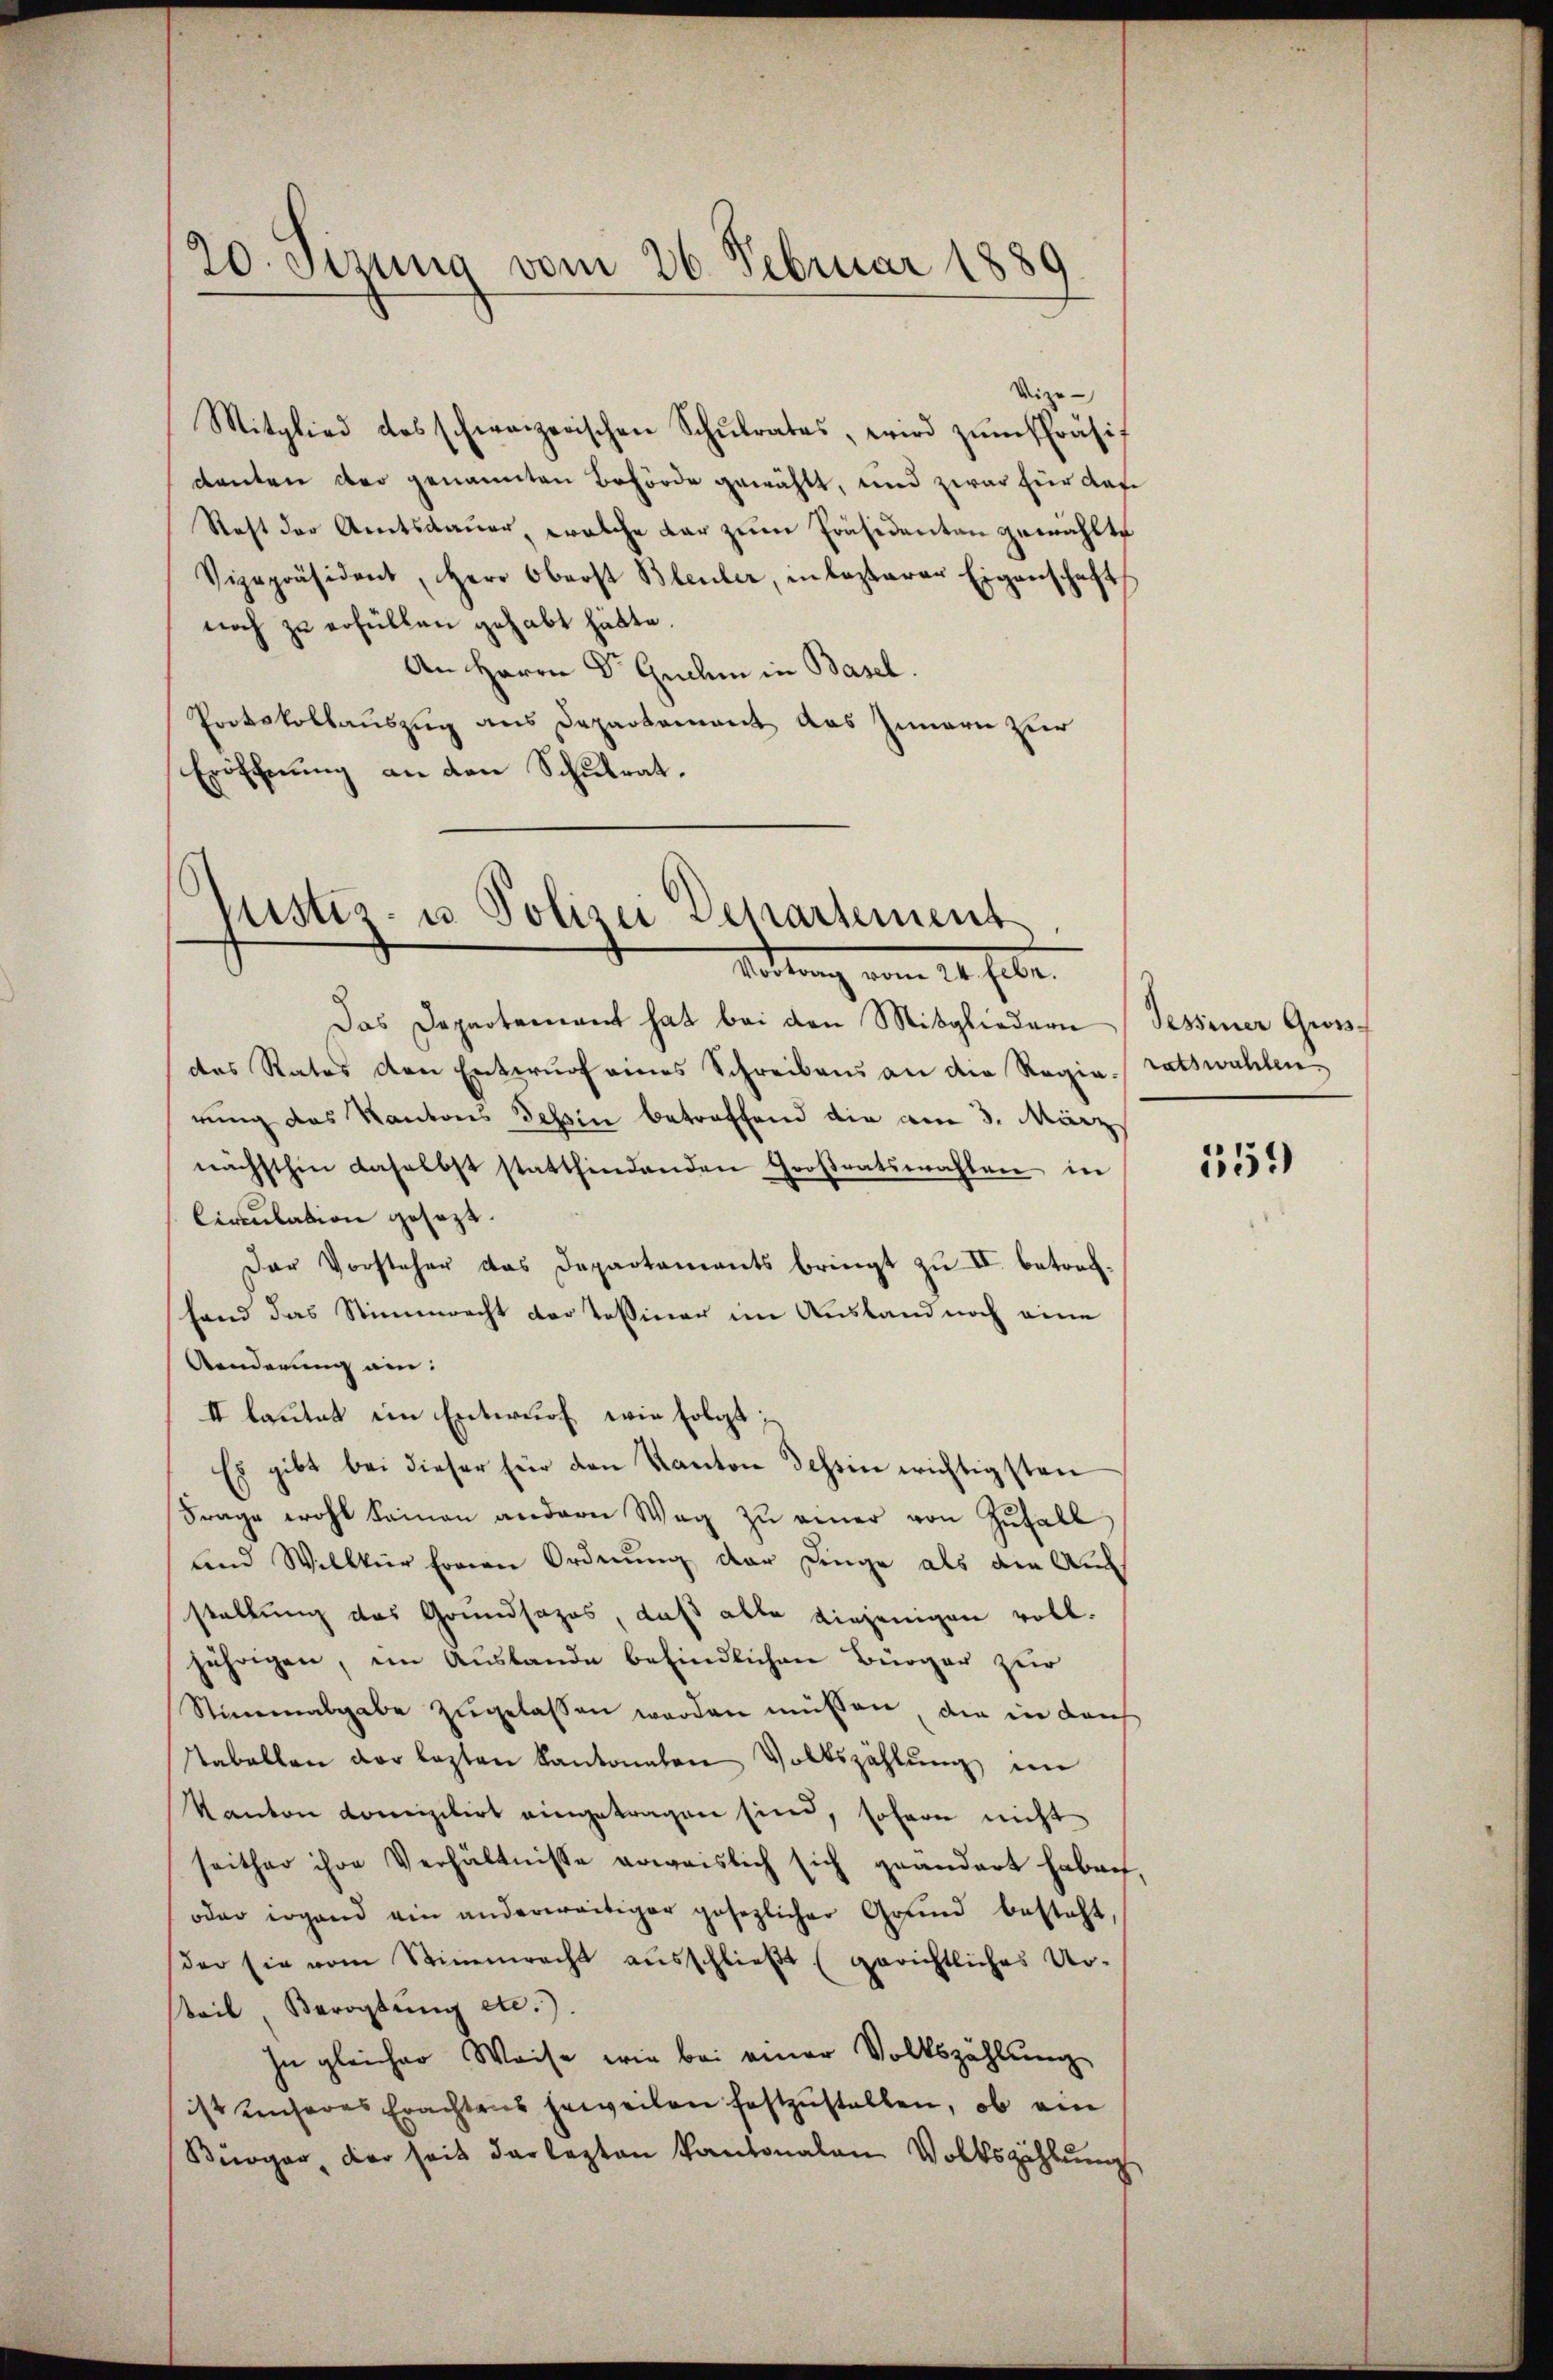
20. Sizung vom 26. Februar 1889

Vize-
Mitglied des schweizerischen Schulrates, wird zum Präsif
danten der genannten Behörde gewählt, und zwar für das
Staft der Amtsdauer, welche dar zŭm Präsidenten gewählte
Vizepräsident, Herr Oberst Bleuler, in lezterer Eigenschaft
noch zu erfüllen gehabt hätte.
An Herrn Dr Guehm in Basel.
Protokollauszug aus Departement das Innern zur
Eröfchnung an den Schulrat.

Justiz- u Polizei Departement
Sittung vom 20. Febr.
Das Departement hat bei den Mitgliedern Tessiner Gross-

das Rates den Entwŭrf eines Schreibens an die Regia ratswahlen
rung des Kantons Tessin betreffend die am 3. März
nächsthin daselbst stattfindenden Großratswahlen in
Circulation gesezt.
Der Vorsteher das Departaments bringt zu II. betrachfand das Stimmrecht der Tessiner im Ausland noch eine
Aenderung ein:
II lautet im Entwurf wie folgt;
Es gibt bei dieser für den Kanton Schein wichtigsten
Frage wohl keinen andern Wag zŭ einer von Zufall
und Willkür Ernen Ordnung der Dinge als die Auch
stellung des Grundsazes, daß alle diejenigen voll-
jährigen, im Auslande befindlichen Bürger zur
Stimmabgabe zugelassen werden müssen, die in darf
Tabellen der lezten kantonaten Volkszählung im
Kanton doneizilirt eingetragen sind, sofern nicht
seither ihre Verhältnisse erweislich sich geändert habe.
oder irgend ein anderweitiger gesezlicher Grund besteht,
der sie vom Stimmrecht ausschlieβt (gerichtliches Ur-
teil, Berogtŭng etc.).
In gleicher Weise wie bei einer Volkszählŭng
ist unseres Erachtens jeweilen festzustellen, ob ein
Bürger, der seit der lezten Kantonalen Volkszählung

159